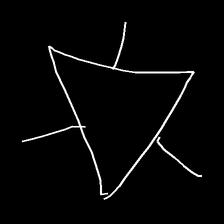
Glyph: fire